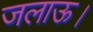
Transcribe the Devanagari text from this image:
जलाऊ।